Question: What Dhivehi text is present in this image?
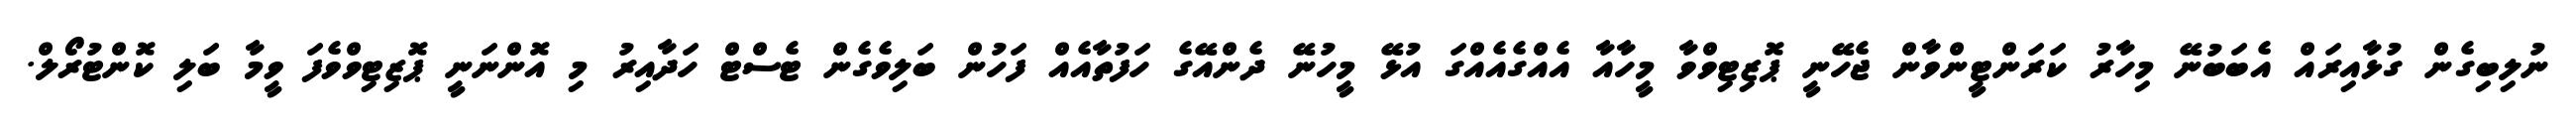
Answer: ނުލިބިގެން ގުޅާއިރައް އެބަބުނޭ މިހާރު ކަރަންޓީންވާން ޖެހޭނީ ޕޮޒިޓިވްވާ މީހާއާ އެއްގެއެއްގަ އުޅޭ މީހުނޭ ދެންއޭގެ ހަފުތާއެއް ފަހުން ބަލިވެގެން ޓެސްޓް ހަދާއިރު މި އޮންނަނީ ޕޮޒިޓިވްވެފަ ވީމާ ބަލި ކޮންޓުރޯލް.